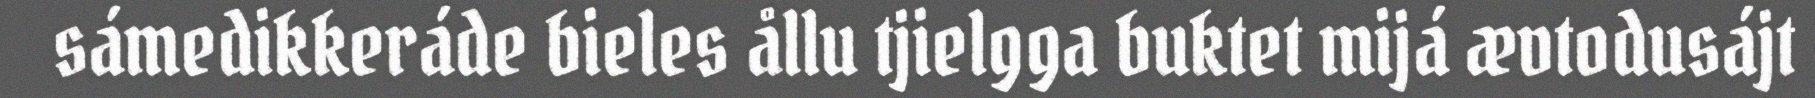
sámedikkeráde bieles ållu tjielgga buktet mijá ævtodusájt